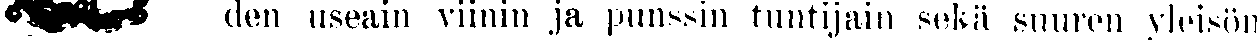
## den useain viinin ja punssin tuntijain sekä suuren yleisön